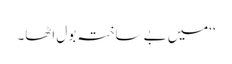
‘‘میں بے ساختہ بول اٹھا۔